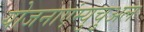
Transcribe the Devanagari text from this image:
योजनाएंम्युचुअल